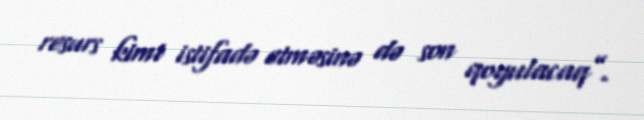
resurs kimi istifadə etməsinə də son qoyulacaq”.